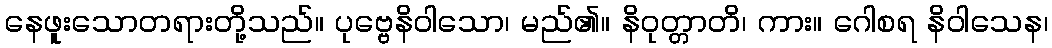
နေဖူးသောတရားတို့သည်။ ပုဗ္ဗေနိဝါသော၊ မည်၏။ နိဝုတ္တာတိ၊ ကား။ ဂေါစရ နိဝါသေန၊